Indian journal of veterinary science and animal husbandry - Volume 5,
Year: 1935
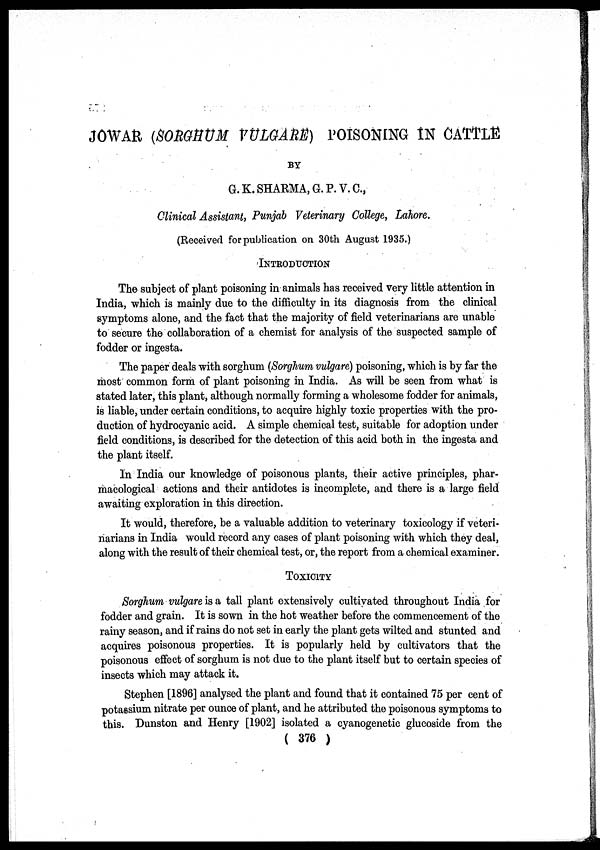
JOWAR (SORGHUM VULGARE) POISONING IN CATTLE
BY
G.K.SHARMA,G.P.V.C.,
Clinical Assistant, Punjab Veterinary College, Lahore.
(Received for publication on 30th August 1935.)
INTRODUCTION
The subject of plant poisoning in animals has received very little attention in
India, which is mainly due to the difficulty in its diagnosis from the clinical
symptoms alone, and the fact that the majority of field veterinarians are unable
to secure the collaboration of a chemist for analysis of the suspected sample of
fodder or ingesta.
The paper deals with sorghum (Sorghum vulgare) poisoning, which is by far the
most common form of plant poisoning in India. As will be seen from what is
stated later, this plant, although normally forming a wholesome fodder for animals,
is liable, under certain conditions, to acquire highly toxic properties with the pro-
duction of hydrocyanic acid. A simple chemical test, suitable for adoption under
field conditions, is described for the detection of this acid both in the ingesta and
the plant itself.
In India our knowledge of poisonous plants, their active principles, phar-
macological actions and their antidotes is incomplete, and there is a large field
awaiting exploration in this direction.
It would, therefore, be a valuable addition to veterinary toxicology if veteri-
narians in India would record any cases of plant poisoning with which they deal,
along with the result of their chemical test, or, the report from a chemical examiner.
TOXICITY
Sorghum vulgare is a tall plant extensively cultivated throughout India for
fodder and grain. It is sown in the hot weather before the commencement of the
rainy season, and if rains do not set in early the plant gets wilted and stunted and
acquires poisonous properties. It is popularly held by cultivators that the
poisonous effect of sorghum is not due to the plant itself but to certain species of
insects which may attack it.
Stephen [1896] analysed the plant and found that it contained 75 per cent of
potassium nitrate per ounce of plant, and he attributed the poisonous symptoms to
this. Dunston and Henry [1902] isolated a cyanogenetic glucoside from the
( 376 )